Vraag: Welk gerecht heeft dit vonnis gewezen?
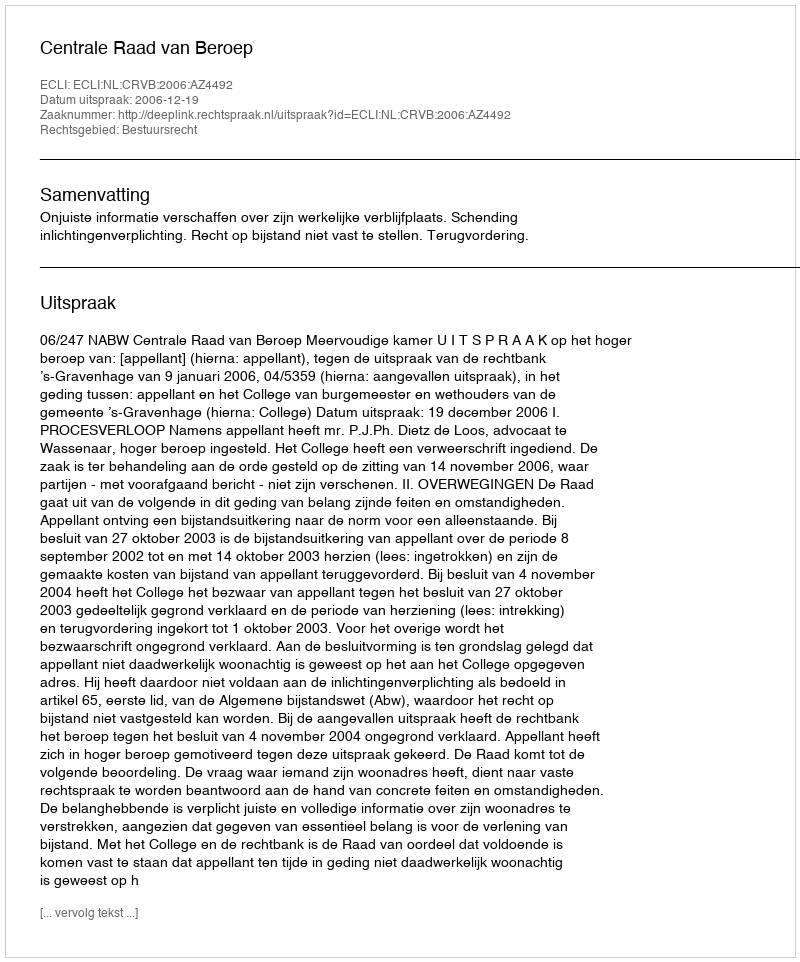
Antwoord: Centrale Raad van Beroep